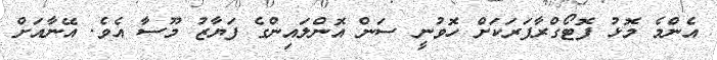
އެންމެ މޮޅު ފޮޓޯގްރާފަރަކަށް ހޮވުނީ ސަން އޮންލައިންގެ ފަޔާޒު މޫސާ އެވެ. އޭނާއަށް